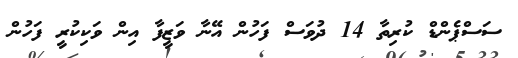
ސަސްޕެންޑް ކުރިތާ 14 ދުވަސް ފަހުން އޭނާ ވަޒީފާ އިން ވަކިިކުރީ ފަހުން